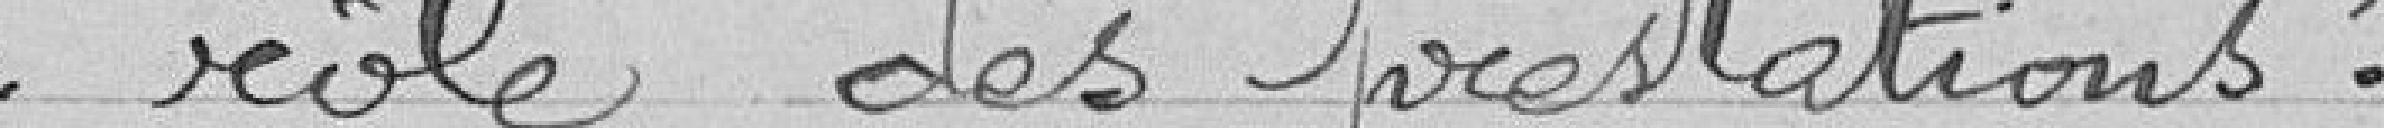
rôle des prestations.